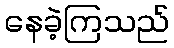
နေခဲ့ကြသည်